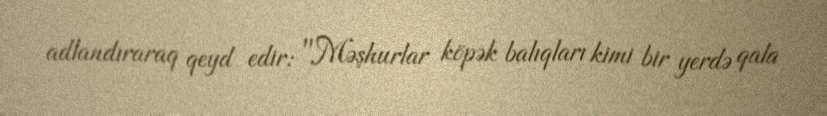
adlandıraraq qeyd edir: "Məşhurlar köpək balıqları kimi bir yerdə qala